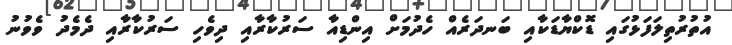
އުތުރުތިލަފަޅުގައި ޑޮކްޔާޑަކާއި ބަނދަރެއް ހެދުމަށް އިންޑިއާ ސަރުކާރާއި ދިވެހި ސަރުކާރާއި ދެމެދު ވެވުނު